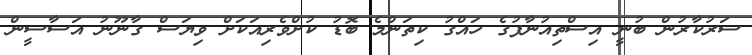
ސަރުކާރުން ބުނީ އިސްތިއުނާފުގެ ހައްގު ކިތަންމެ ބޮޑު ކުށްވެރިއަކަށް ވިޔަސް ގާނޫނު އަސާސީން